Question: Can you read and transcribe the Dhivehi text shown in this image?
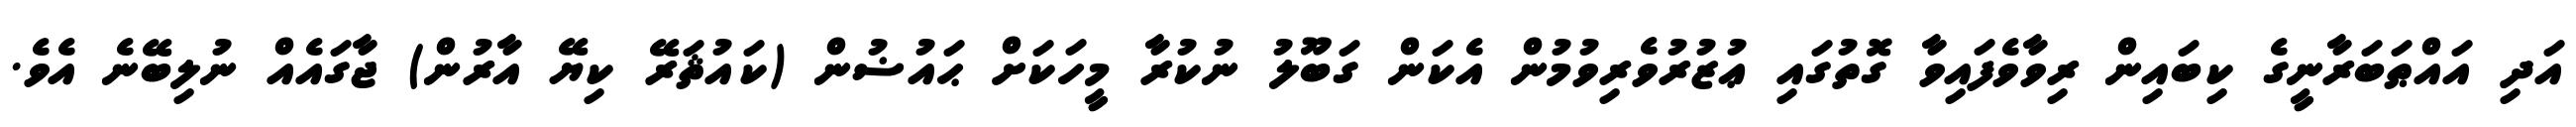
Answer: އަދި އައްޠަބަރާނީގެ ކިބައިން ރިވާވެފައިވާ ގޮތުގައި ޢުޒުރުވެރިވުމުން އެކަން ގަބޫލު ނުކުރާ މީހަކަށް ޙައުޟުން (ކައުޘަރޭ ކިޔޭ އާރުން) ޖާގައެއް ނުލިބޭނެ އެވެ.